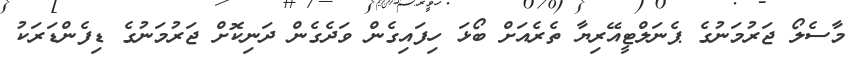
މާސެލޯ ޖަރުމަނުގެ ޕެނަލްޓީއޭރިޔާ ތެރެއަށް ބޯޅަ ހިފައިގެން ވަދެގެން ދަނިކޮށް ޖަރުމަނުގެ ޑިފެންޑަރަކު